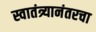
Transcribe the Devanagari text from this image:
स्वातंत्र्यानंतरचा